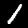
Digit: 1